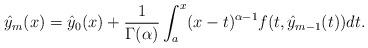
LaTeX: \begin{align*}\hat{y}_{m}(x)=\hat{y}_{0}(x)+\frac{1}{\Gamma(\alpha)}\int_{a}^{x}(x-t)^{\alpha-1}f(t,\hat{y}_{m-1}(t))dt.\end{align*}